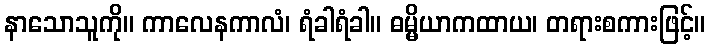
နာသောသူကို။ ကာလေနကာလံ၊ ရံခါရံခါ။ ဓမ္မိယာကထာယ၊ တရားစကားဖြင့်။